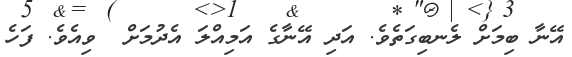
އޭނާ ބިމަށް ލެނބިގަތެވެ. އަދި އޭނާގެ އަމިއްލަ އެދުމަށް  ވިއެވެ. ފަހެ